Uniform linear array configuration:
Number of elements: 64
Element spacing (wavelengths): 0.5
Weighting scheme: blackman
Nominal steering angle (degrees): -60
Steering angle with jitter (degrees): -58.308
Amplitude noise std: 0.05
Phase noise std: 0.05

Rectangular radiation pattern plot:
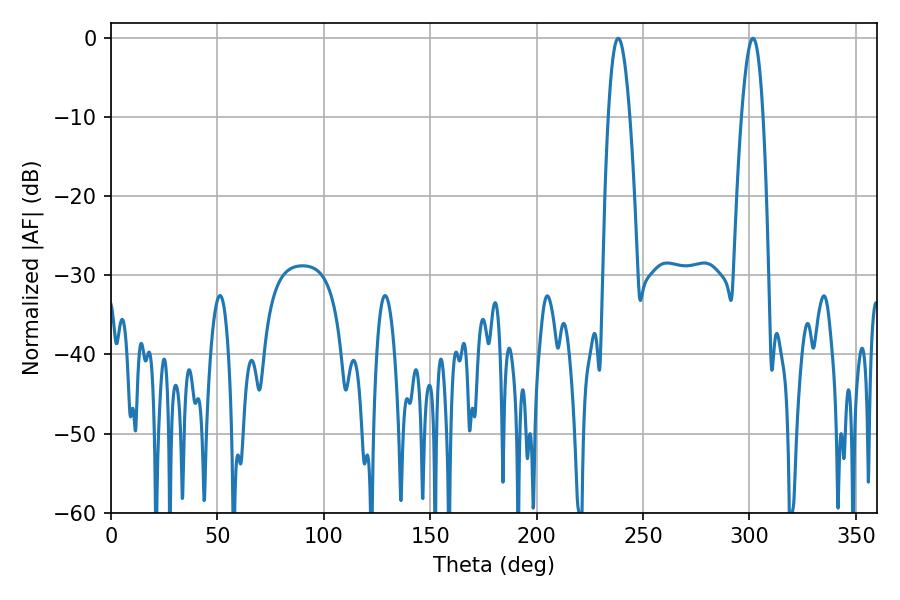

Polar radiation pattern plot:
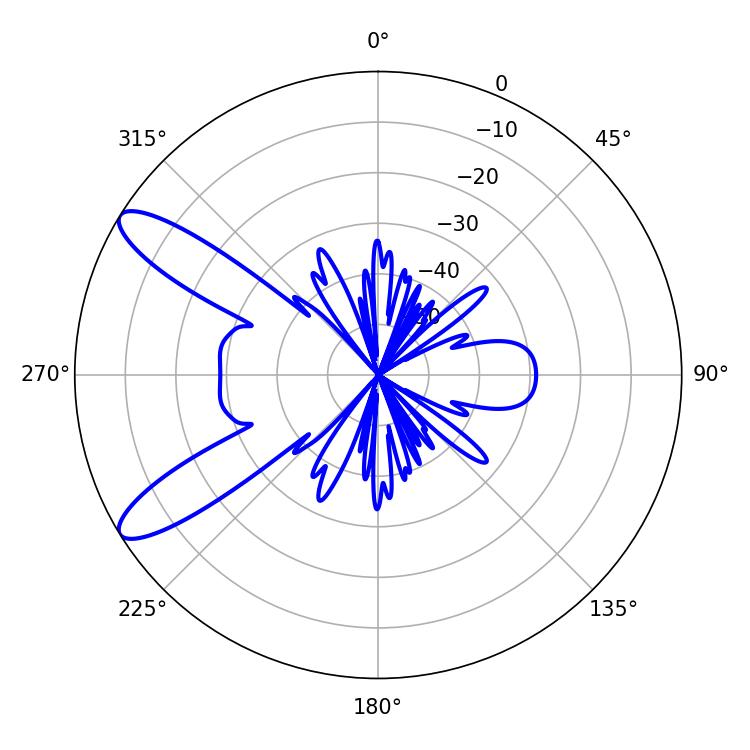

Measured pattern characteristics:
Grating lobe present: FALSE
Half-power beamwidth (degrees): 5.58
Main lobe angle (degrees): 238.32